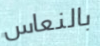
بالنعاس